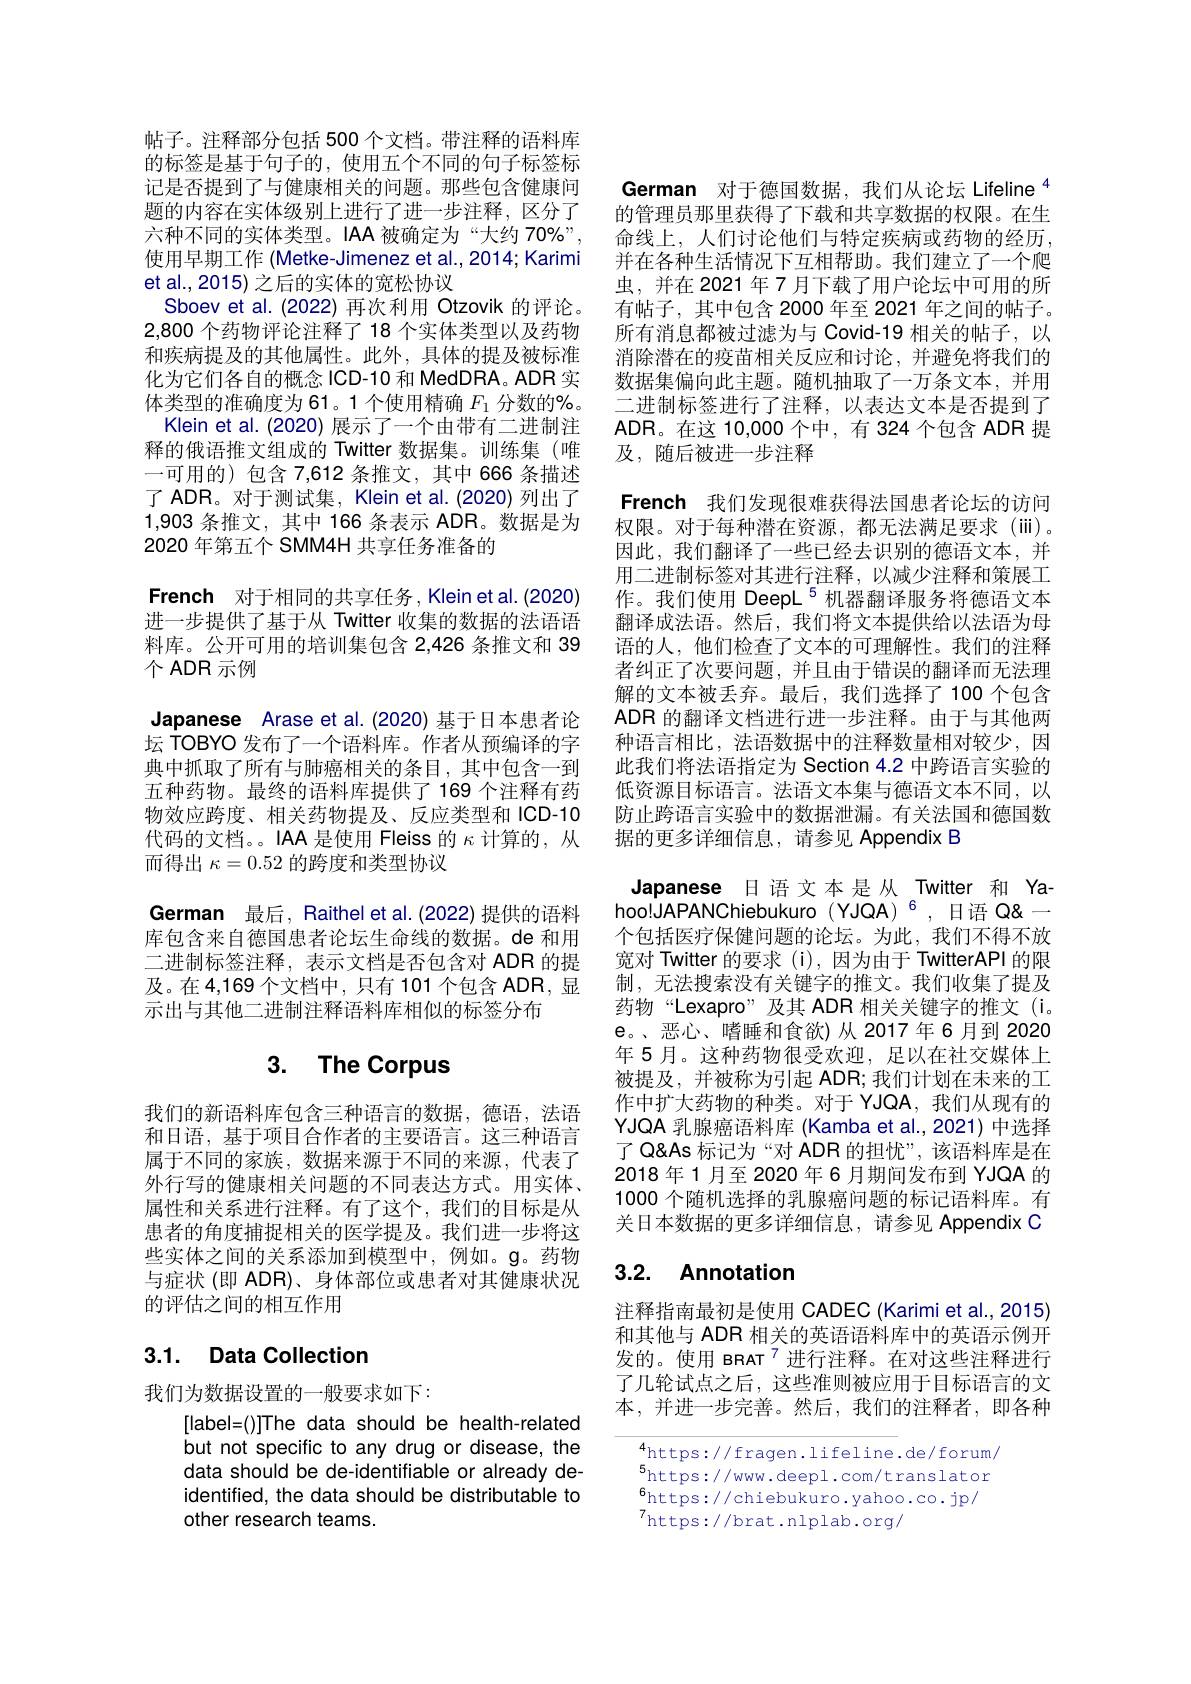
帖子。注释部分包括 500 个文档。带注释的语料库的标签是基于句子的，使用五个不同的句子标签标记是否提到了与健康相关的问题。那些包含健康问题的内容在实体级别上进行了进一步注释，区分了六种不同的实体类型。IAA 被确定为“大约 70%”, 使用早期工作 (Metke-Jimenez et al., 2014; Karimi et al., 2015) 之后的实体的宽松协议
Sboev et al.(2022)再次利用 Otzovik 的评论。2,800 个药物评论注释了 18 个实体类型以及药物和疾病提及的其他属性。此外，具体的提及被标准化为它们各自的概念 ICD-10 和 MedDRA。ADR 实体类型的准确度为 61。1 个使用精确$F_{1}$分数的%。
Klein et al. (2020) 展示了一个由带有二进制注释的俄语推文组成的 Twitter 数据集。训练集(唯一可用的)包含 7,612 条推文，其中 666 条描述了 ADR。对于测试集，Klein et al.(2020) 列出了1,903 条推文，其中 166 条表示 ADR。数据是为2020 年第五个 SMM4H 共享任务准备的
French 对于相同的共享任务，Kleinetal.(2020) 进一步提供了基于从 Twitter 收集的数据的法语语料库。公开可用的培训集包含 2,426 条推文和 39个 ADR 示例
Japanese Arase et al.(2020)基于日本患者论坛 TOBYO 发布了一个语料库。作者从预编译的字典中抓取了所有与肺癌相关的条目，其中包含一到五种药物。最终的语料库提供了 169 个注释有药物效应跨度、相关药物提及、反应类型和 ICD-10代码的文档。。IAA 是使用 Fleiss 的$\kappa$计算的，从而得出$\kappa=0.52$的跨度和类型协议
German 最后，Raithel et al.(2022)提供的语料库包含来自德国患者论坛生命线的数据。de 和用二进制标签注释，表示文档是否包含对 ADR 的提及。在 4,169 个文档中，只有 101 个包含 ADR,显示出与其他二进制注释语料库相似的标签分布

# 3. The Corpus

我们的新语料库包含三种语言的数据，德语，法语和日语，基于项目合作者的主要语言。这三种语言属于不同的家族，数据来源于不同的来源，代表了外行写的健康相关问题的不同表达方式。用实体、 属性和关系进行注释。有了这个，我们的目标是从患者的角度捕捉相关的医学提及。我们进一步将这些实体之间的关系添加到模型中，例如。g。药物与症状(即 ADR)、身体部位或患者对其健康状况的评估之间的相互作用

## 3.1. Data Collection

我们为数据设置的一般要求如下：

[label=()]The data should be health-related but not specific to any drug or disease, the data should be de-identifiable or already deidentified, the data should be distributable to other research teams.

German 对于德国数据，我们从论坛 Lifeline $^{4}$ 的管理员那里获得了下载和共享数据的权限。在生命线上，人们讨论他们与特定疾病或药物的经历并在各种生活情况下互相帮助。我们建立了一个爬虫，并在 2021 年 7 月下载了用户论坛中可用的所有帖子，其中包含 2000 年至 2021 年之间的帖子。所有消息都被过滤为与 Covid-19 相关的帖子，以消除潜在的疫苗相关反应和讨论，并避免将我们的数据集偏向此主题。随机抽取了一万条文本，并用二进制标签进行了注释，以表达文本是否提到了ADR。在这 10,000 个中，有 324 个包含 ADR 提及，随后被进一步注释
French 我们发现很难获得法国患者论坛的访问权限。对于每种潜在资源，都无法满足要求(iii)。因此，我们翻译了一些已经去识别的德语文本，并用二进制标签对其进行注释，以减少注释和策展工作。我们使用 DeepL$^{5}$机器翻译服务将德语文本翻译成法语。然后，我们将文本提供给以法语为母语的人，他们检查了文本的可理解性。我们的注释者纠正了次要问题，并且由于错误的翻译而无法理解的文本被丢弃。最后，我们选择了100个包含ADR 的翻译文档进行进一步注释。由于与其他两种语言相比，法语数据中的注释数量相对较少，因此我们将法语指定为 Section 4.2 中跨语言实验的低资源目标语言。法语文本集与德语文本不同，以防止跨语言实验中的数据泄漏。有关法国和德国数据的更多详细信息，请参见 Appendix B
Japanese 日语文本是从 Twitter 和 Ya- $hoo!JAPANChiebukuro(YJQA)^6,日语Q —$ 个包括医疗保健问题的论坛。为此，我们不得不放宽对 Twitter 的要求(i),因为由于 TwitterAPl 的限制 , 无法搜索没有关键字的推文。我们收集了提及药物“Lexapro”及其 ADR 相关关键字的推文(i。e。、恶心、嗜睡和食欲)从 2017年6月到 2020年 5 月。这种药物很受欢迎，足以在社交媒体上被提及，并被称为引起 ADR; 我们计划在未来的工作中扩大药物的种类。对于 YJQA,我们从现有的YJQA 乳腺癌语料库 (Kamba et al.,2021)中选择了 Q'aAs 标记为“对 ADR 的担忧”,该语料库是在2018年1月至2020年6月期间发布到 YJQA 的1000 个随机选择的乳腺癌问题的标记语料库。有关日本数据的更多详细信息，请参见 Appendix C

# 3.2. Annotation

注释指南最初是使用 CADEC (Karimi et al.,2015) 和其他与 ADR 相关的英语语料库中的英语示例开发的。使用 вяАт$^{7}$进行注释。在对这些注释进行了几轮试点之后，这些准则被应用于目标语言的文本，并进一步完善。然后，我们的注释者，即各种

4https://fragen.lifeline.de/forum/ $^{5}$https://www.deepl.com/translator 6https: / / chiebukuro. yahoo. co. jp/ 7. 7https://brat.nlplab.org/